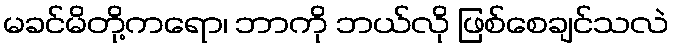
မခင်မိတို့ကရော၊ ဘာကို ဘယ်လို ဖြစ်စေချင်သလဲ